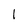
Character: 1